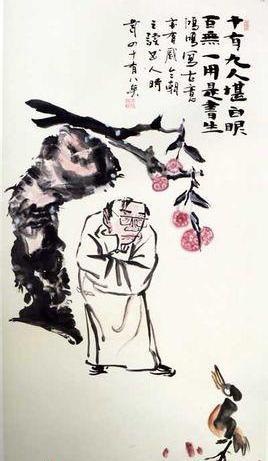
见可而进，知难而退，军之善政也。兼弱攻昧，武之善经也。